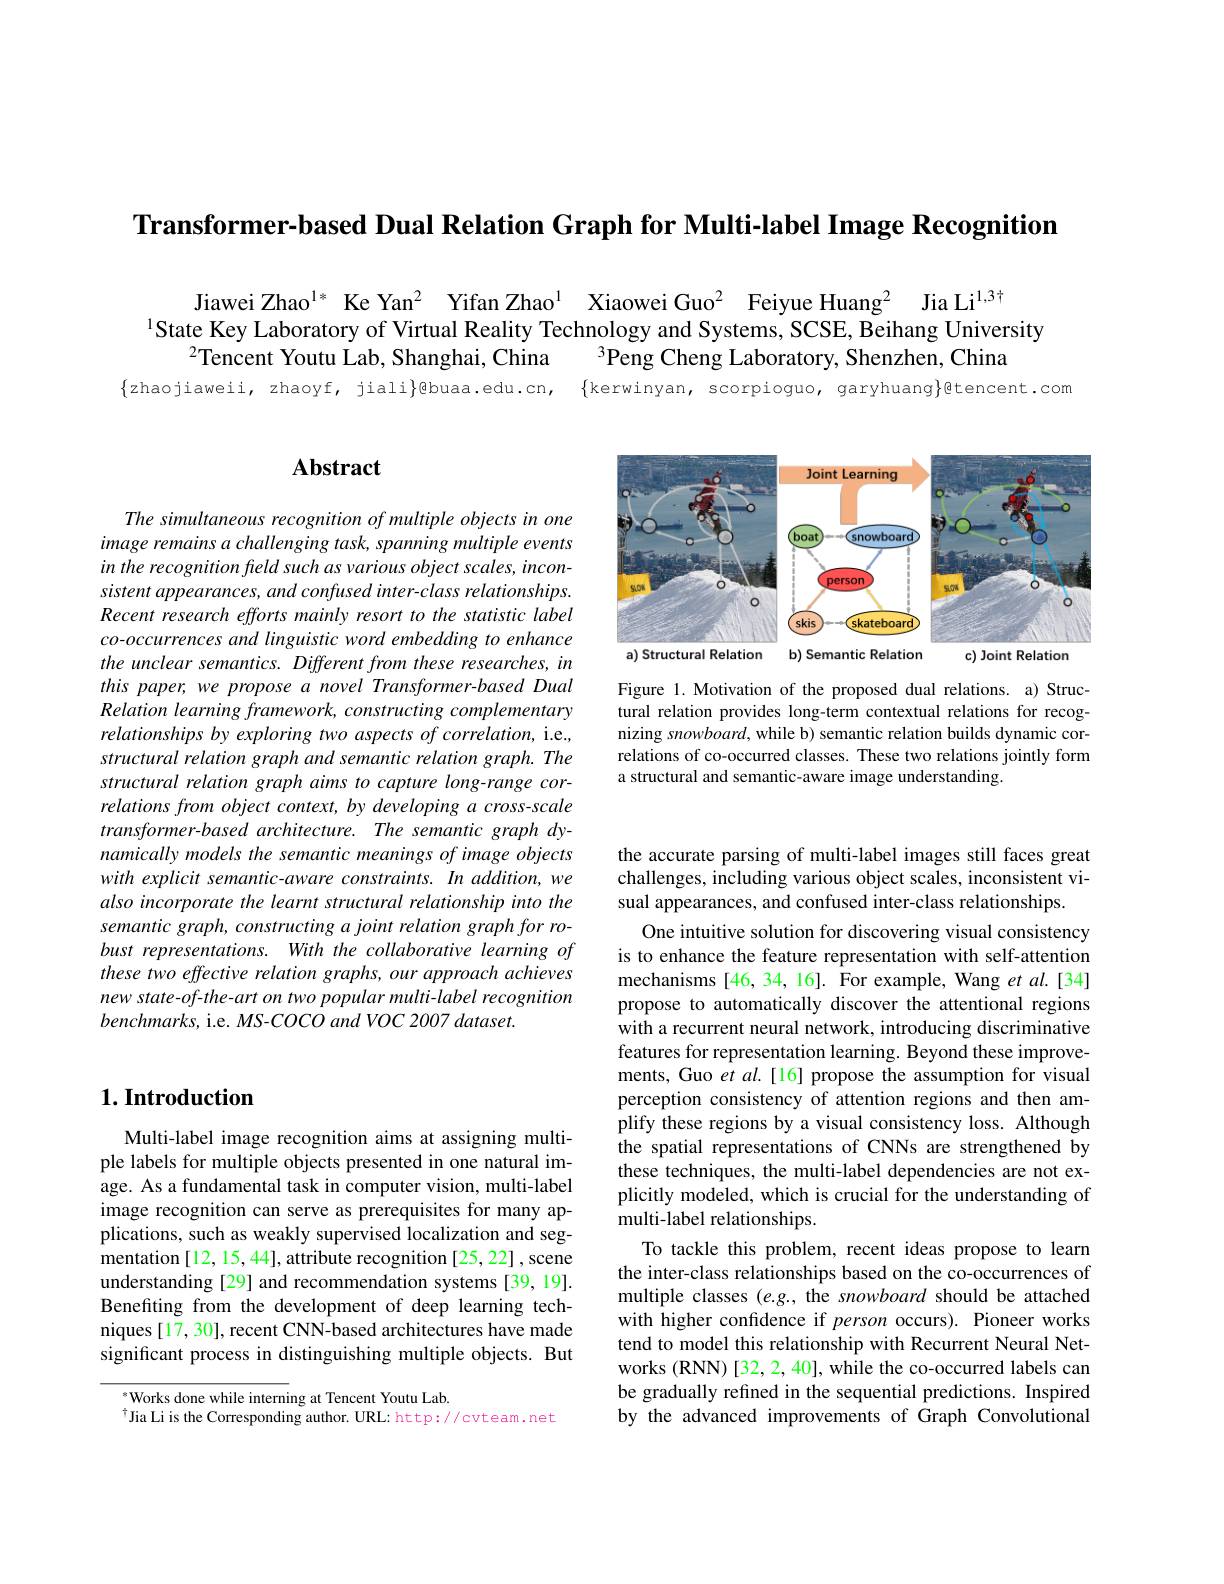
Transformer-based Dual Relation Graph for Multi-label Image Recognition

Jiawei Zhao$^{1*}$ Ke Yan$^{2}$ Yifan Zhao$^{1}$ Xiaowei Guo$^{2}$ Feiyue Huang$^{2}$ Jia Li$^{1,3\text{}}$
1State Key Laboratory of Virtual Reality Technology and Systems, SCSE, Beihang University
$^{2}$Tencent Youtu Lab, Shanghai, China
$^{3}$Peng Cheng Laboratory, Shenzhen, China
$\{$zhaojiaweii, zhaoyf, jiali}gbuaa.edu.cn, $\{$kerwinyan, scorpioguo, garyhuang$\}$@tencent.com

## $\mathbf{Abstract}$

The simultaneous recognition of multiple objects in one image remains a challenging task, spanning multiple events in the recognition freld such as various object scales, inconsistent appearances, and confused inter-class relationships. Recent research efforts mainly resort to the statistic label co-occurrences and linguistic word embedding to enhance the unclear semantics. Different from these researches, in this paper, we propose a novel Transformer-based Dual Relation learning framework, constructing complementary relationships by exploring two aspects of correlation, i.e., structural relation graph and semantic relation graph. The structural relation graph aims to capture long-range correlations from object context, by developing a cross-scale $transformer-based$ architecture. The semantic graph dynamically models the semantic meanings of image objects with explicit semantic-aware constraints. In addition, we also incorporate the learnt structural relationship into the semantic graph, constructing a joint relation graph for robust representations. With the collaborative learning of these two effective relation graphs, our approach achieves new state-of-the-art on two popular multi-label recognition $benchmarks$, i.e. MS-COCO and VOC 2007 dataset.

<FigureHere>

Figure 1. Motivation of the proposed dual relations. a) Structural relation provides long-term contextual relations for recognizing snowboard, while b) semantic relation builds dynamic correlations of co-occurred classes. These two relations jointly form a structural and semantic-aware image understanding.

## $1. \textbf{Introduction}$

Multi-label image recognition aims at assigning multiple labels for multiple objects presented in one natural image. As a fundamental task in computer vision, multi-label image recognition can serve as prerequisites for many applications, such as weakly supervised localization and segmentation[12, 15, 44], attribute recognition[25, 22], scene understanding [29] and recommendation systems [39,19]. Benefiting from the development of deep learning techniques [17, 30], recent CNN-based architectures have made significant process in distinguishing multiple objects. But

Works done while interning at Tencent Youtu Lab
$^{\dagger}$Jia Li is the Corresponding author. URL: http://cvteam.net

the accurate parsing of multi-label images still faces great challenges, including various object scales, inconsistent visual appearances, and confused inter-class relationships.
One intuitive solution for discovering visual consistency is to enhance the feature representation with self-attention mechanisms [46,34,16]. For example, Wang et al.[34] propose to automatically discover the attentional regions with a recurrent neural network, introducing discriminative features for representation learning. Beyond these improvements, Guo et al.[16] propose the assumption for visual perception consistency of attention regions and then amplify these regions by a visual consistency loss. Although the spatial representations of CNNs are strengthened by these techniques, the multi-label dependencies are not explicitly modeled, which is crucial for the understanding of multi-label relationships.
To tackle this problem, recent ideas propose to learn the inter-class relationships based on the co-occurrences of multiple classes (e.g., the snowboard should be attached with higher confidence if person occurs). Pioneer works tend to model this relationship with Recurrent Neural Networks (RNN) [32,2,40], while the co-occurred labels can be gradually refined in the sequential predictions. Inspired by the advanced improvements of Graph Convolutional